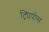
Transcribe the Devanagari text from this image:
ट्र्यिपोस